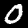
Label: 0